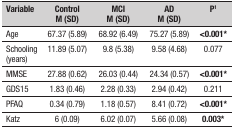
| Variable | Control M (SD) | MCI M (SD) | AD M (SD) | P1 |
 | --- | --- | --- | --- | --- |
 | Age | 67.37 (5.89) | 68.92 (6.49) | 75.27 (5.89) | <0.001* |
 | Schooling (years) | 11.89 (5.07) | 9.8 (5.38) | 9.58 (4.68) | 0.077 |
 | MMSE | 27.88 (0.62) | 26.03 (0.44) | 24.34 (0.57) | <0.001* |
 | GDS15 | 1.83 (0.46) | 2.28 (0.33) | 2.94 (0.42) | 0.211 |
 | PFAQ | 0.34 (0.79) | 1.18 (0.57) | 8.41 (0.72) | <0.001* |
 | Katz | 6 (0.09) | 6.02 (0.07) | 5.66 (0.08) | 0.003* |